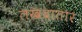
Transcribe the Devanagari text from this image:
लखदातार